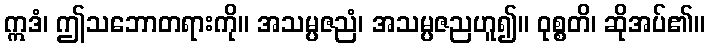
ဣဒံ၊ ဤသဘောတရားကို။ အသမ္ပဇညံ၊ အသမ္ပဇညဟူ၍။ ဝုစ္စတိ၊ ဆိုအပ်၏။